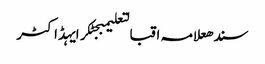
سندھعلامہ اقبالتعلیمبجٹکرایہڈاکٹر